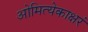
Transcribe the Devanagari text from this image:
ओमित्येकाक्षरं